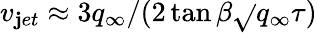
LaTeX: v_{\mathbf{j}et}\approx3q_{\infty}/(2\tan\beta\sqrt{}{{q_{\infty}\tau}})